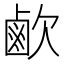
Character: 𣤓